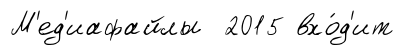
М'ед'иафайлы 2015 вхо́д'ит